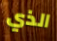
الذي